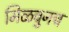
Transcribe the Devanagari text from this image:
मिळवुनच